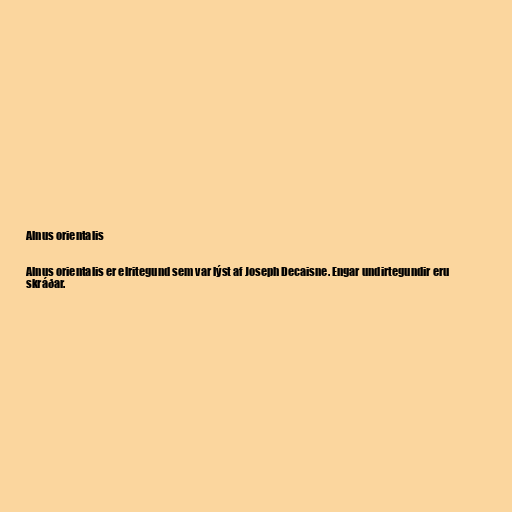
Alnus orientalis

Alnus orientalis er elritegund sem var lýst af Joseph Decaisne. Engar undirtegundir eru
skráðar.